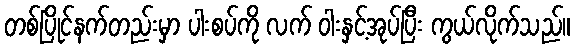
တစ်ပြိုင်နက်တည်းမှာ ပါးစပ်ကို လက် ဝါးနှင့်အုပ်ပြီး ကွယ်လိုက်သည်။